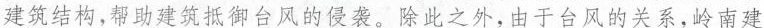
建筑结构，帮助建筑抵御台风的侵袭，除此之外，由于台风的关系，岭南建